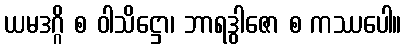
ယမဒဂ္ဂိ စ ဝါသိဋ္ဌော၊ ဘာရဒွါဇော စ ကဿပေါ။